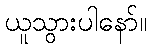
ယူသွားပါနော်။